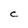
Character: C